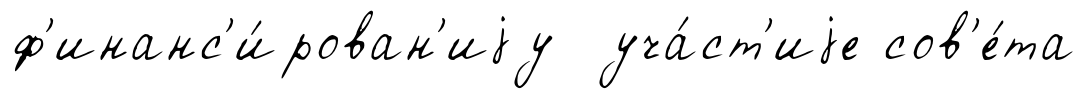
ф'инанс'и́рован'иjу уча́ст'иjе сов'е́та